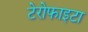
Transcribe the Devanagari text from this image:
टेरोफाइटा